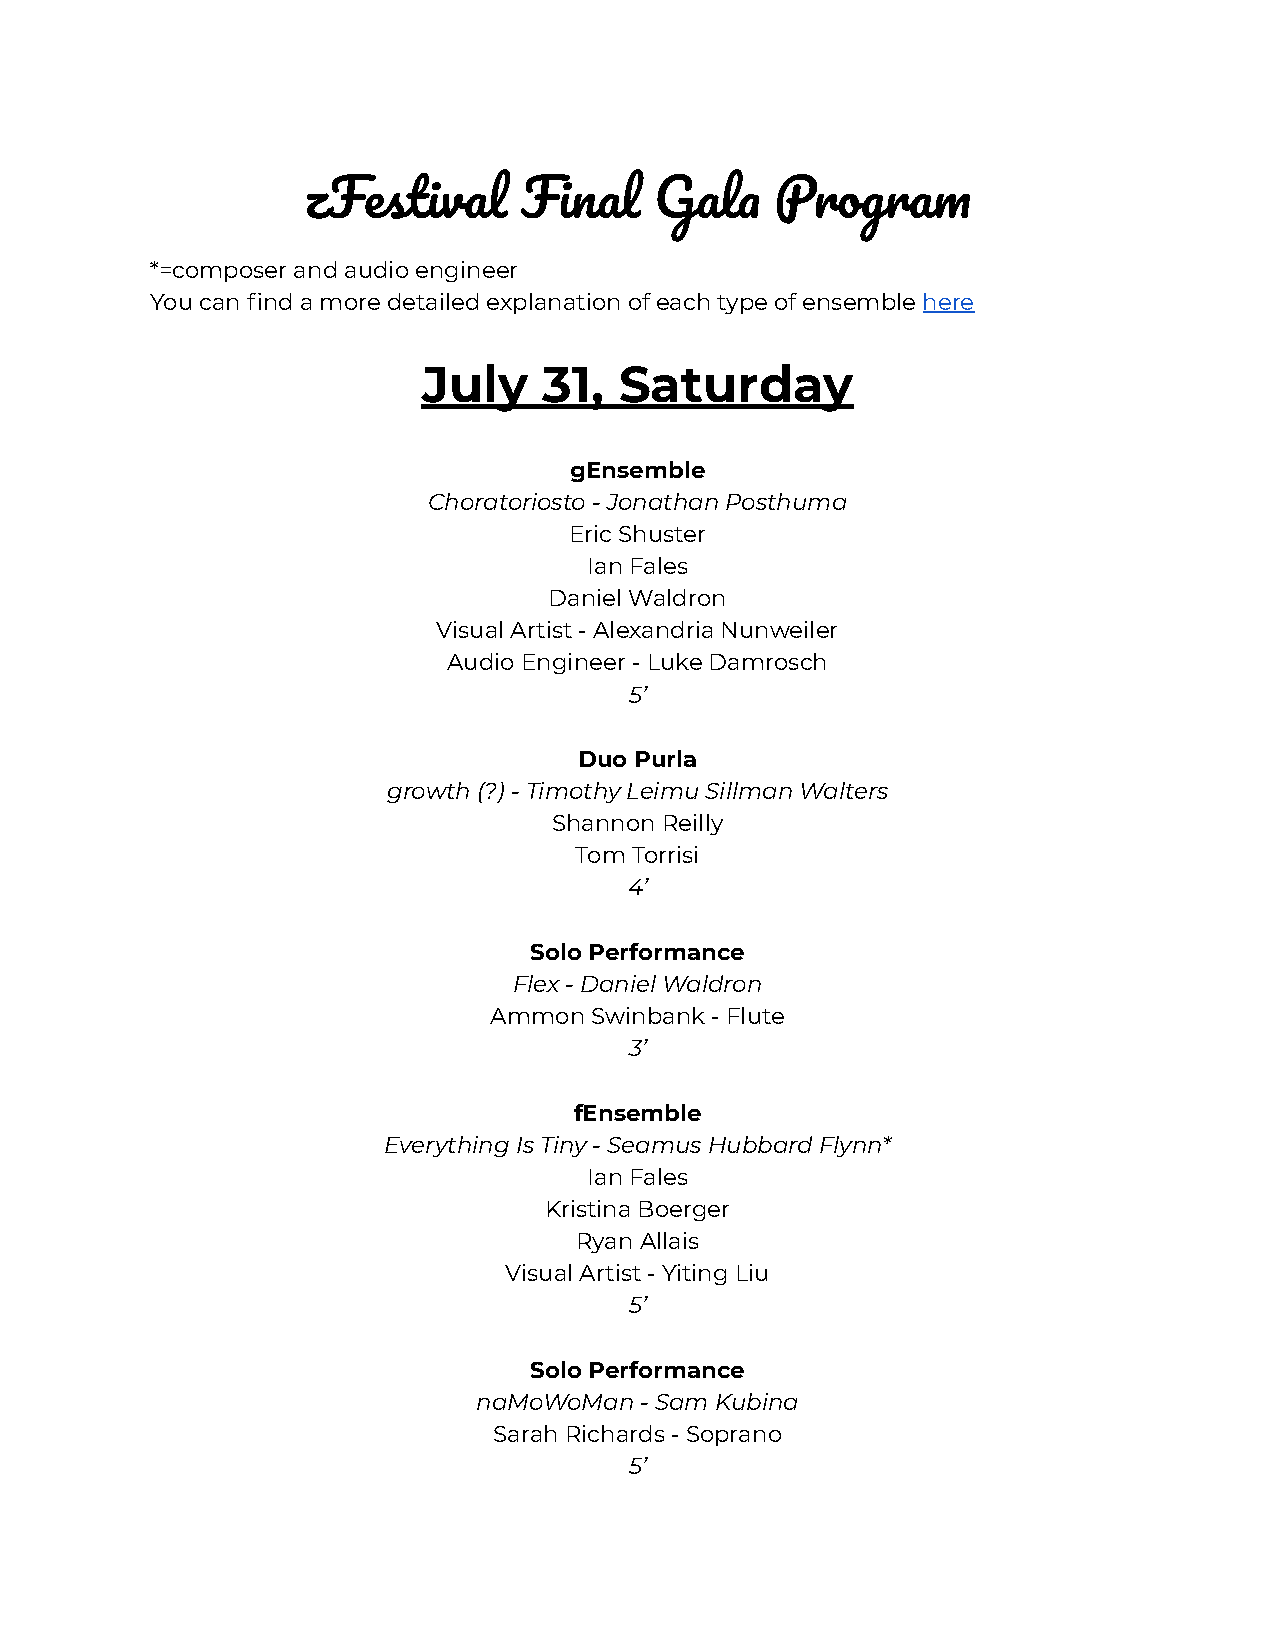
zFestiva     Fina    Gal    Progra
 *=composer and audio engineer
 You can find a more detailed explanation of each typeof ensemblehere
 July    31,  Saturday
 gEnsemble
 Choratoriosto - Jonathan Posthuma
 Eric Shuster
 Ian Fales
 Daniel Waldron
 Visual Artist - Alexandria Nunweiler
 Audio Engineer - Luke Damrosch
 5’
 Duo Purla
 growth (?) - Timothy Leimu Sillman Walters
 Shannon Reilly
 Tom Torrisi
 4’
 Solo Performance
 Flex - Daniel Waldron
 Ammon  Swinbank - Flute
 3’
 fEnsemble
 Everything Is Tiny - Seamus Hubbard Flynn*
 Ian Fales
 Kristina Boerger
 Ryan Allais
 Visual Artist - Yiting Liu
 5’
 Solo Performance
 naMoWoMan - Sam Kubina
 Sarah Richards - Soprano
 5’